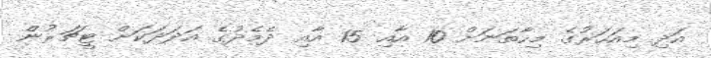
އަދި މިއަހަރުގެ މިހާތަނަށް 10 އާއި 15 އާއި ދެމެދުގެ އަދަދަކަށް ޓީޗަރުން